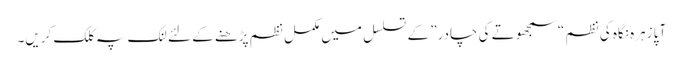
‎ آپا زہرہ نگاہ کی نظم “سمجھوتے کی چادر” کے تسلسل میں مکمل نظم پڑھنے کے لئے لنک پہ کلک کریں۔